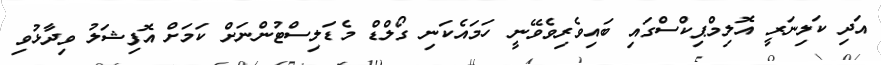
އަދި ކަލިނަރީ އޮލިމްޕިކްސްގައި ބައިވެރިވެވޭނީ ހަމައެކަނި ގޯލްޑް މެޑަލިސްޓުންނަށް ކަމަށް އޮފިޝަލު ވިދާޅުވި